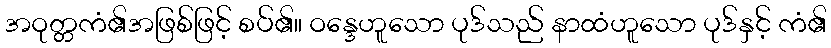
အဝုတ္တကံ၏အဖြစ်ဖြင့် စပ်၏။ ဝန္ဒေဟူသော ပုဒ်သည် နာထံဟူသော ပုဒ်နှင့် ကံ၏